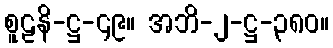
စူဠနိ-ဋ္ဌ-၄၉။ အဘိ-၂-ဋ္ဌ-၃၈၀။